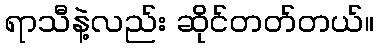
ရာသီနဲ့လည်း ဆိုင်တတ်တယ်။